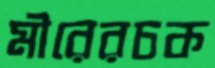
মীরেরচক